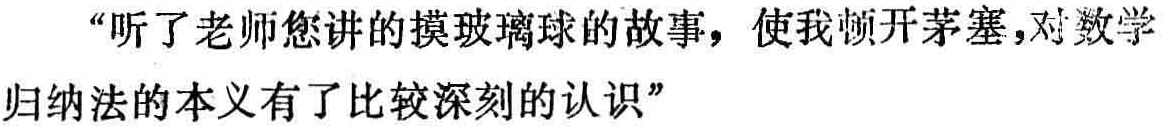
“听了老师您讲的摸玻璃球的故事，使我顿开茅塞，对数学归纳法的本义有了比较深刻的认识”